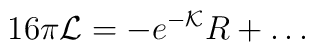
16 \pi {\cal L} = - e^{-{\cal K}} R +\dots